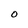
Character: O